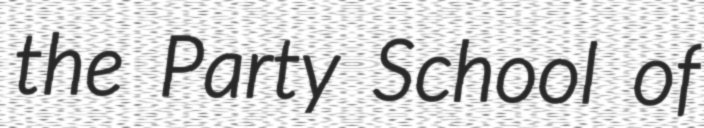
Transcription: the Party School of